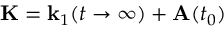
\mathbf { K } = \mathbf { k } _ { 1 } ( t \rightarrow \infty ) + \mathbf { A } ( t _ { 0 } )